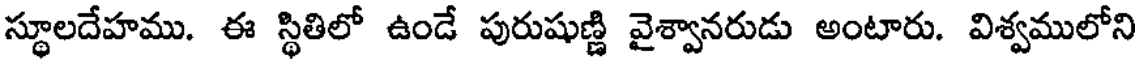
స్థూలదేహము. ఈ స్థితిలో ఉండే పురుషుణ్ణి వైశ్వానరుడు అంటారు. విశ్వములోని